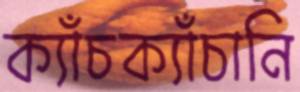
ক্যাঁচক্যাঁচানি